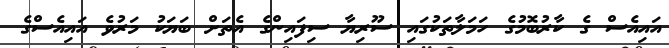
އައިއެސް ގެ ކާރުބޮމުގެ ހަމަލާތަކުގައި ސޫރިޔާ ސިފައިންގެ އެތަށް ބަޔަކު މަރުވެ އައިއެސްގެ